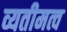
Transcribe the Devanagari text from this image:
व्यतीमत्व